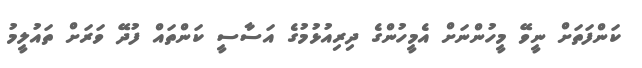
ކަންފަތަށް ނީވޭ މީހުންނަށް އެމީހުންގެ ދިރިއުޅުމުގެ އަސާސީ ކަންތައް ފުދޭ ވަރަށް ތައުލީމު